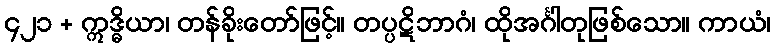
၄၂၁ + ဣဒ္ဓိယာ၊ တန်ခိုးတော်ဖြင့်။ တပ္ပဋိဘာဂံ၊ ထိုအင်္ဂါတုဖြစ်သော။ ကာယံ၊